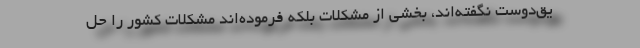
یق‌دوست نگفته‌اند، بخشی از مشکلات بلکه فرموده‌اند مشکلات کشور را حل